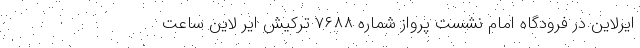
ایرلاین در فرودگاه امام نشست پرواز شماره ۷۶۸۸ ترکیش ایر لاین ساعت